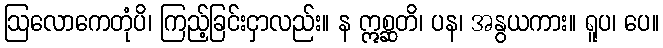
ဩလောကေတုံပိ၊ ကြည့်ခြင်းငှာလည်း။ န ဣစ္ဆတိ၊ ပန၊ အနွယကား။ ရူပ၊ ပေ။